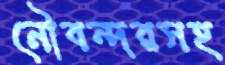
নৌবন্দরসহ